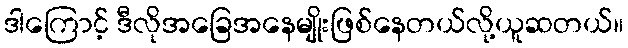
ဒါကြောင့် ဒီလိုအခြေအနေမျိုးဖြစ်နေတယ်လို့ယူဆတယ်။